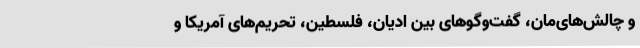
و چالش‌های‌مان، گفت‌وگوهای بین ادیان، فلسطین، تحریم‌های آمریکا و